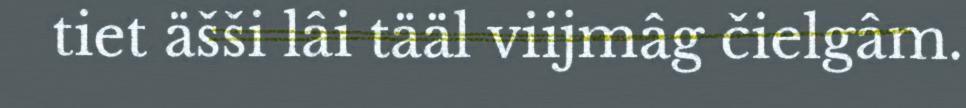
tiet äšši lâi tääl viijmâg čielgâm.